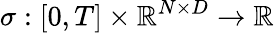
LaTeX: \mathbf{\sigma}:[0,T]\times\mathbb{R}^{N\times D}\rightarrow\mathbb{R}